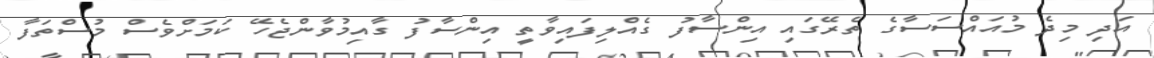
އަދި މިދެ މުއައްސަސާގެ ތެރޭގައި އިންސާފު ގެއްލިފައިވާތީ އިންސާފު ގާއިމުވާންޖެހޭ ކަމަށްވެސް މުސްތަފާ